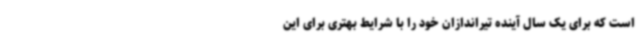
است که برای یک سال آینده تیراندازان خود را با شرایط بهتری برای این